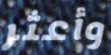
وأعثر